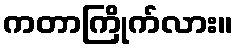
ကတာကြိုက်လား။